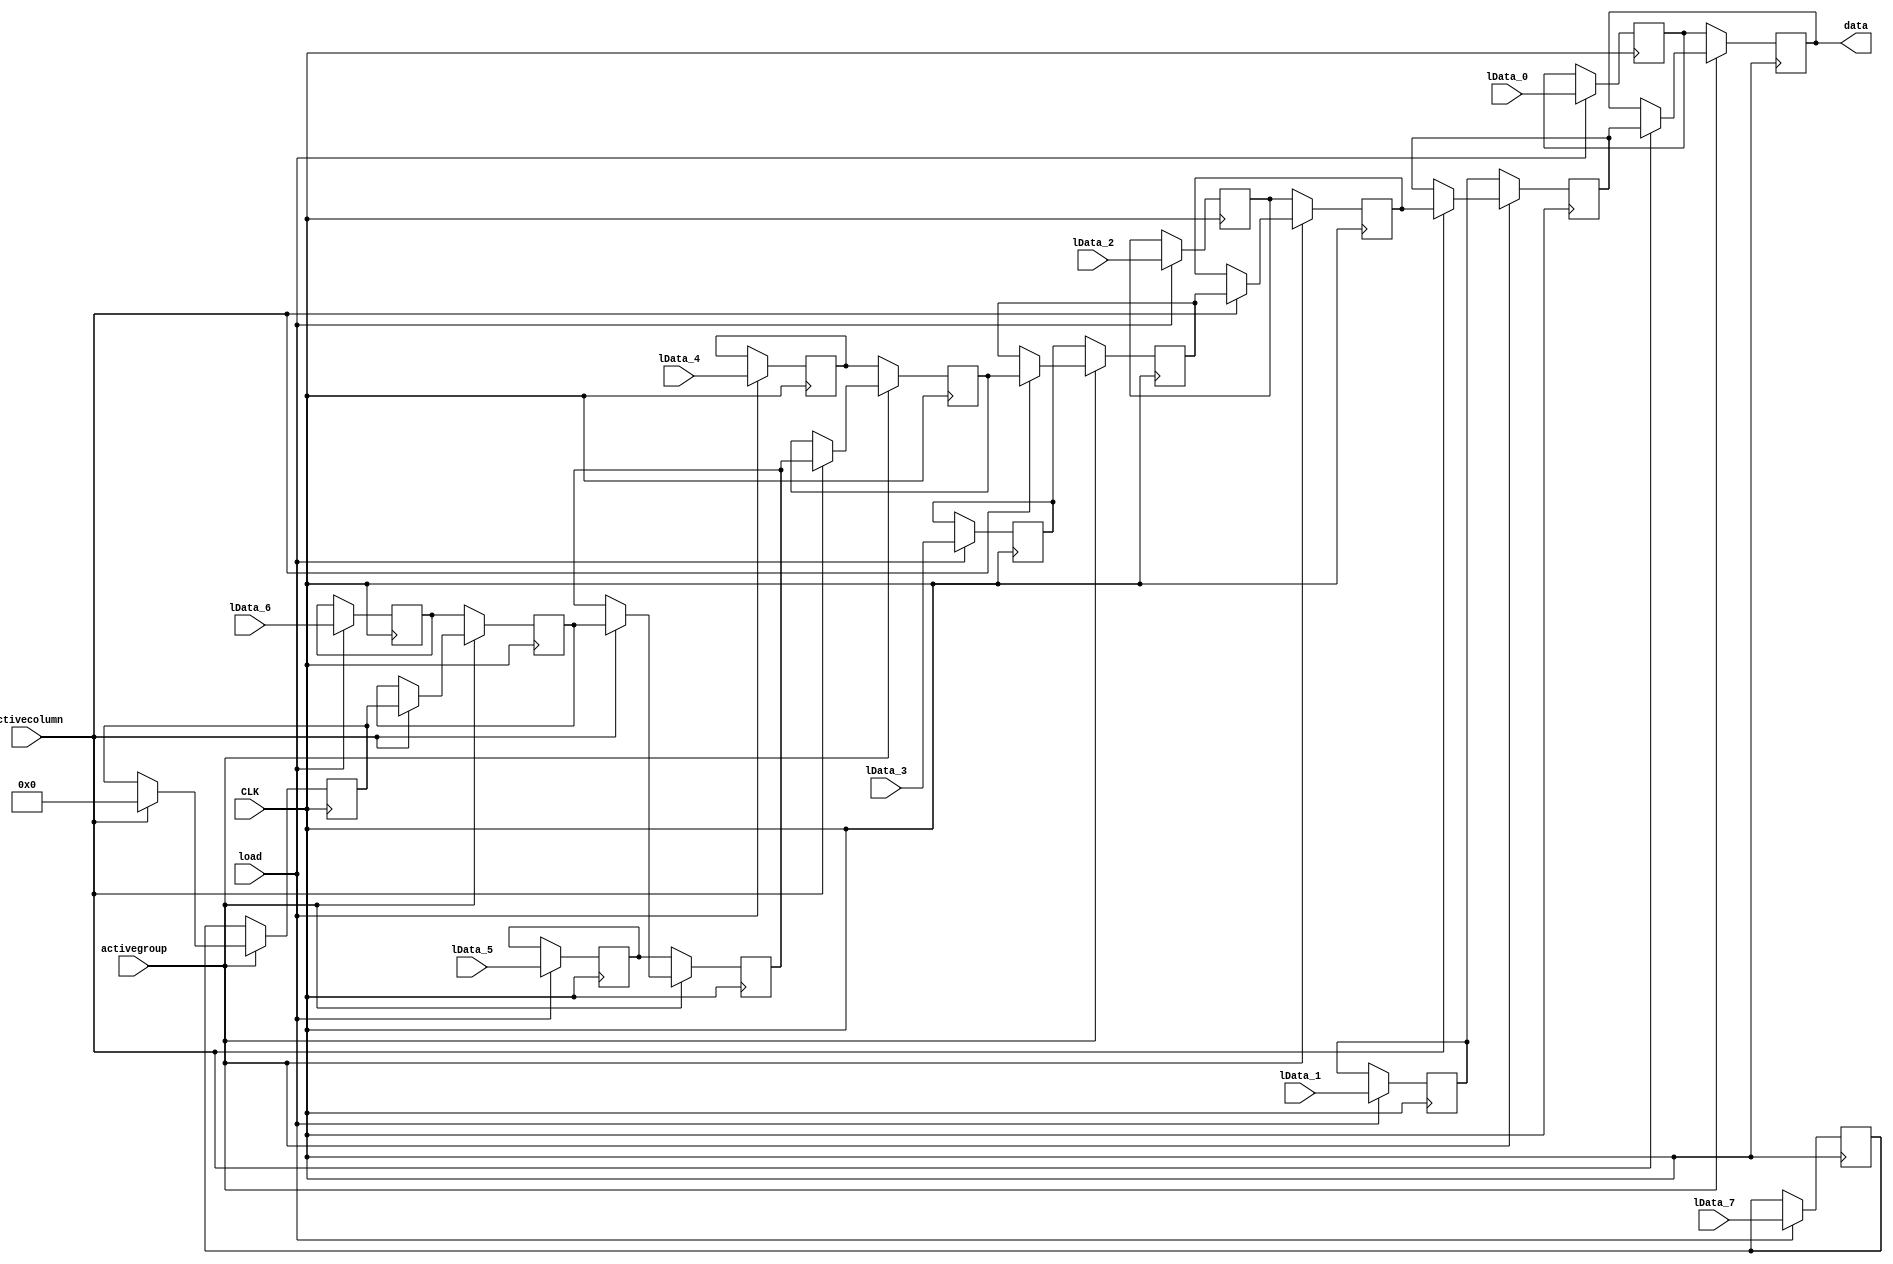
module loadable_shiftreg8 (activecolumn,activegroup,load,lData_0,lData_1,lData_2,lData_3,lData_4,lData_5,lData_6,lData_7,data,CLK);
	parameter datawidth = 16;
	input wire CLK;
	input wire load;
	input wire activecolumn;
	input wire activegroup;
	input wire [datawidth-1:0] lData_0;
	input wire [datawidth-1:0] lData_1;
	input wire [datawidth-1:0] lData_2;
	input wire [datawidth-1:0] lData_3;
	input wire [datawidth-1:0] lData_4;
	input wire [datawidth-1:0] lData_5;
	input wire [datawidth-1:0] lData_6;
	input wire [datawidth-1:0] lData_7;
	output reg [datawidth-1:0] data;
	reg [datawidth-1:0] data_1;
	reg [datawidth-1:0] data_2;
	reg [datawidth-1:0] data_3;	
	reg [datawidth-1:0] data_4;
	reg [datawidth-1:0] data_5;
	reg [datawidth-1:0] data_6;
	reg [datawidth-1:0] data_7;
	reg [datawidth-1:0] slice_data_0;
	reg [datawidth-1:0] slice_data_1;
	reg [datawidth-1:0] slice_data_2;
	reg [datawidth-1:0] slice_data_3;
	reg [datawidth-1:0] slice_data_4;
	reg [datawidth-1:0] slice_data_5;
	reg [datawidth-1:0] slice_data_6;
	reg [datawidth-1:0] slice_data_7;
	always@(posedge CLK) 
	begin
		if (load == 1'b1) 
		begin
			slice_data_0 <= lData_0;
			slice_data_1 <= lData_1;
			slice_data_2 <= lData_2;
			slice_data_3 <= lData_3;
			slice_data_4 <= lData_4;
			slice_data_5 <= lData_5;
			slice_data_6 <= lData_6;
			slice_data_7 <= lData_7;
		end
		if (activegroup == 1'b0) 
		begin
			data <= slice_data_0;
			data_1 <= slice_data_1;
			data_2 <= slice_data_2;
			data_3 <= slice_data_3;
			data_4 <= slice_data_4;
			data_5 <= slice_data_5;
			data_6 <= slice_data_6;
			data_7 <= slice_data_7;
		end else if (activecolumn == 1'b1)
		begin
			data <= data_1;
			data_1 <= data_2;
			data_2 <= data_3;
			data_3 <= data_4;
			data_4 <= data_5;
			data_5 <= data_6;
			data_6 <= data_7;
			data_7 <= 16'b0;
		end else 
		begin
			data <= data;
			data_1 <= data_1;
			data_2 <= data_2;
			data_3 <= data_3;
			data_4 <= data_4;
			data_5 <= data_5;
			data_6 <= data_6;
			data_7 <= data_7;
		end
	end		
endmodule